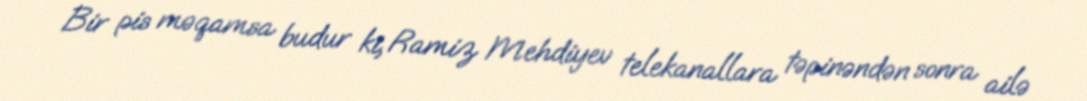
Bir pis məqamsa budur ki, Ramiz Mehdiyev telekanallara təpinəndən sonra ailə